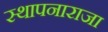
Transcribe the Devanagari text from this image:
स्थापनाराजा